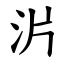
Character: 沜